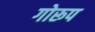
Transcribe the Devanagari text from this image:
गोरूप